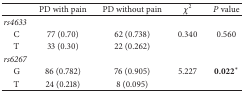
|  | PD with pain | PD without pain | χ2 | P value |
 | --- | --- | --- | --- | --- |
 | rs4633 |  |  |  |  |
 | C | 77 (0.70) | 62 (0.738) | 0.340 | 0.560 |
 | T | 33 (0.30) | 22 (0.262) |  |  |
 | rs6267 |  |  |  |  |
 | G | 86 (0.782) | 76 (0.905) | 5.227 | 0.022* |
 | T | 24 (0.218) | 8 (0.095) |  |  |